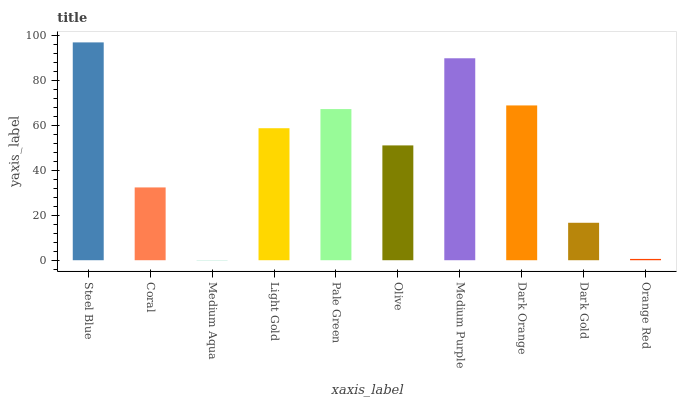
| xaxis_label | bars |
 | --- | --- |
 | Steel Blue | 97 |
 | Coral | 32.4 |
 | Medium Aqua | 0.094 |
 | Light Gold | 58.8 |
 | Pale Green | 67.3 |
 | Olive | 51.1 |
 | Medium Purple | 89.9 |
 | Dark Orange | 68.9 |
 | Dark Gold | 16.7 |
 | Orange Red | 0.58 |